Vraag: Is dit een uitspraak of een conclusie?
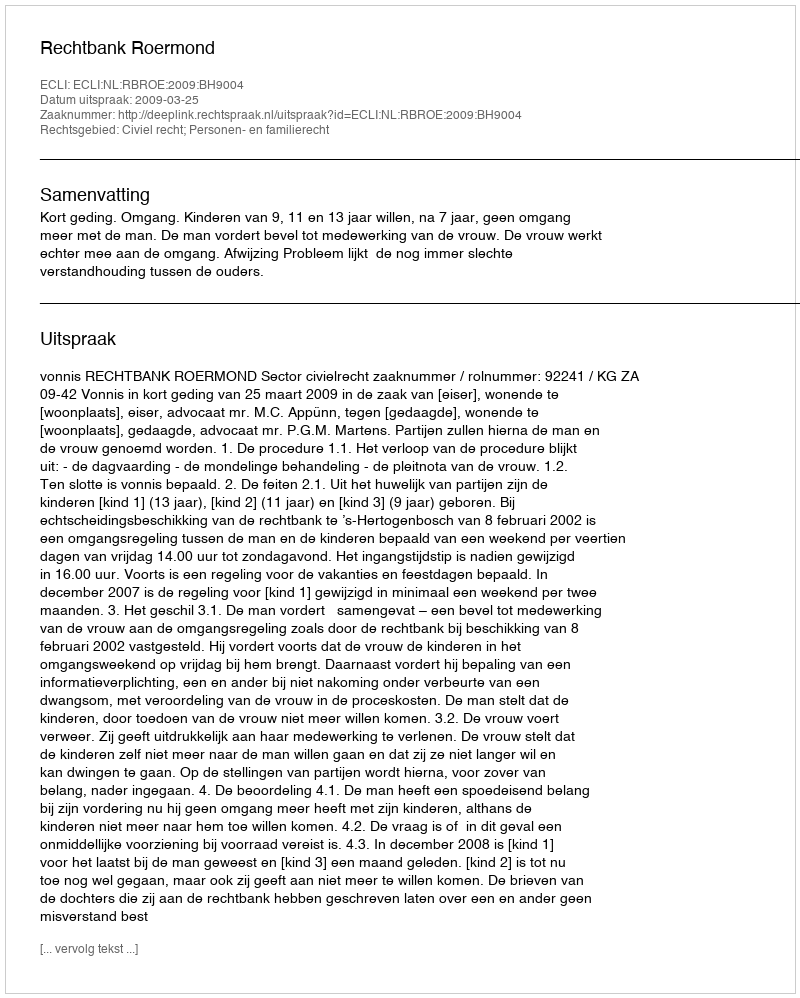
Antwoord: Uitspraak